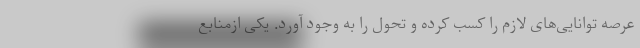
عرصه توانایی‌های لازم را کسب کرده و تحول را به وجود آورد. یکی ازمنابع